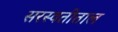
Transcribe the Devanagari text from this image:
सरस्वतीताल